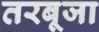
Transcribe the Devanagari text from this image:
तरबूजा